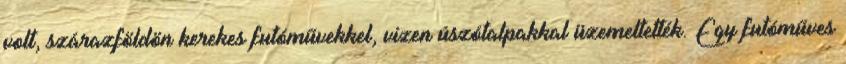
volt, szárazföldön kerekes futóművekkel, vizen úszótalpakkal üzemeltették. Egy futóműves